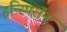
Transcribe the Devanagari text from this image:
इन्स्पिरॉन